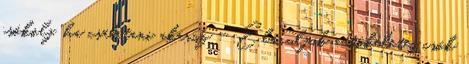
csókolj, ha csábítani akarsz - Eláruljuk a tökéletes csók